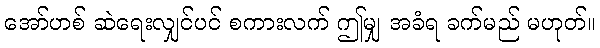
အော်ဟစ် ဆဲရေးလျှင်ပင် စကားလက် ဤမျှ အခံရ ခက်မည် မဟုတ်။